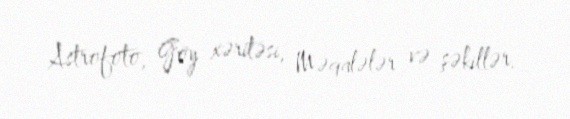
Astrofoto, Göy xəritəsi, Məqalələr və şəkillər.